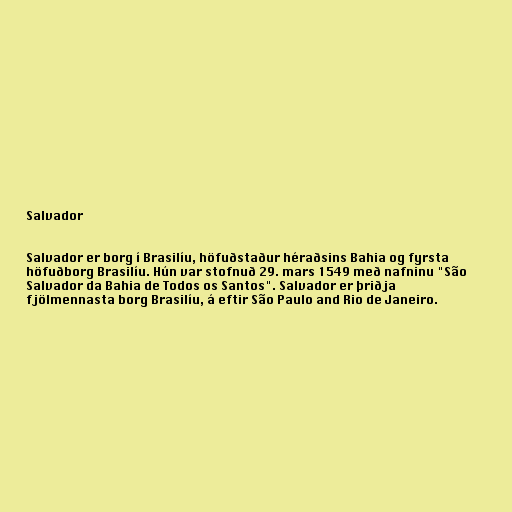
Salvador

Salvador er borg í Brasilíu, höfuðstaður héraðsins Bahia og fyrsta
höfuðborg Brasilíu. Hún var stofnuð 29. mars 1549 með nafninu "São
Salvador da Bahia de Todos os Santos". Salvador er þriðja
fjölmennasta borg Brasilíu, á eftir São Paulo and Rio de Janeiro.